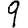
Digit: 9